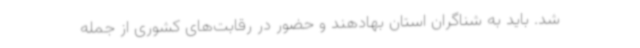
شد. باید به شناگران استان بهادهند و حضور در رقابت‌های کشوری از جمله